Madras plague regulations and rules - Volume 1
Disease focus: Plague
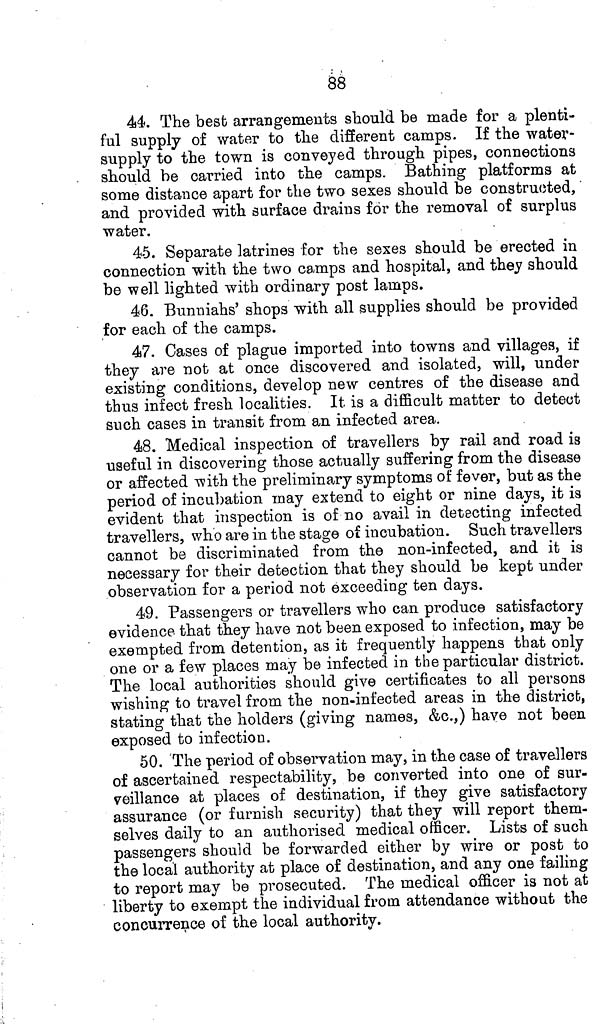
88
44. The best arrangements should be made for a plenti-
ful supply of water to the different camps. If the water-
supply to the town is conveyed through pipes, connections
should be carried into the camps. Bathing platforms at
some distance apart for the two sexes should be constructed,
and provided with surface drains for the removal of surplus
water.
45. Separate latrines for the sexes should be erected in
connection with the two camps and hospital, and they should
be well lighted with ordinary post lamps.
46. Bunniahs' shops with all supplies should be provided
for each of the camps.
47. Cases of plague imported into towns and villages, if
they are not at once discovered and isolated, will, under
existing conditions, develop new centres of the disease and
thus infect fresh localities. It is a difficult matter to detect
such cases in transit from an infected area.
48. Medical inspection of travellers by rail and road is
useful in discovering those actually suffering from the disease
or affected with the preliminary symptoms of fever, but as the
period of incubation may extend to eight or nine days, it is
evident that inspection is of no avail in detecting infected
travellers, who are in the stage of incubation. Such travellers
cannot be discriminated from the non-infected, and it is
necessary for their detection that they should be kept under
observation for a period not exceeding ten days.
49. Passengers or travellers who can produce satisfactory
evidence that they have not been exposed to infection, may be
exempted from detention, as it frequently happens that only
one or a few places may be infected in the particular district.
The local authorities should give certificates to all persons
wishing to travel from the non-infected areas in the district,
stating that the holders (giving names, &c.,) have not been
exposed to infection.
50. The period of observation may, in the case of travellers
of ascertained respectability, be converted into one of sur-
veillance at places of destination, if they give satisfactory
assurance (or furnish security) that they will report them-
selves daily to an authorised medical officer. Lists of such
passengers should be forwarded either by wire or post to
the local authority at place of destination, and any one failing
to report may be prosecuted. The medical officer is not at
liberty to exempt the individual from attendance without the
concurrence of the local authority.